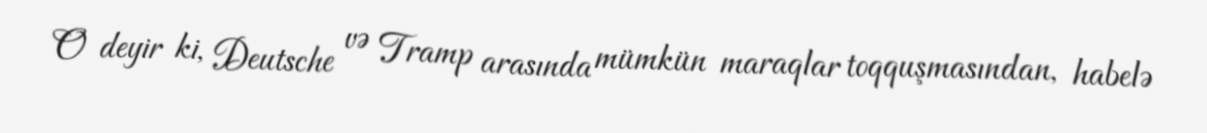
O deyir ki, Deutsche və Tramp arasında mümkün maraqlar toqquşmasından, habelə